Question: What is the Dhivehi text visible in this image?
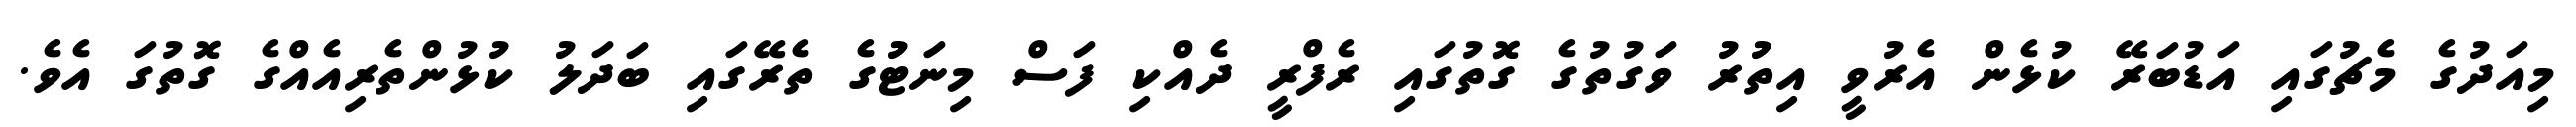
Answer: މިއަދުގެ މެޗުގައި އަޑުބަރޭ ކުޅެން އެރުވީ އިތުރު ވަގުތުގެ ގޮތުގައި ރެފްރީ ދެއްކި ފަސް މިނަޓުގެ ތެރޭގައި ބަދަލު ކުޅުންތެރިއެއްގެ ގޮތުގަ އެވެ.